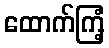
ထောက်ကြံ့